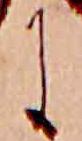
に